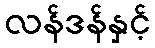
လန်ဒန်နှင့်